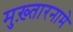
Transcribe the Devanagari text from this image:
मुख़्तारनामे